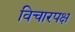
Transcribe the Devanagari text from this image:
विचारपक्ष